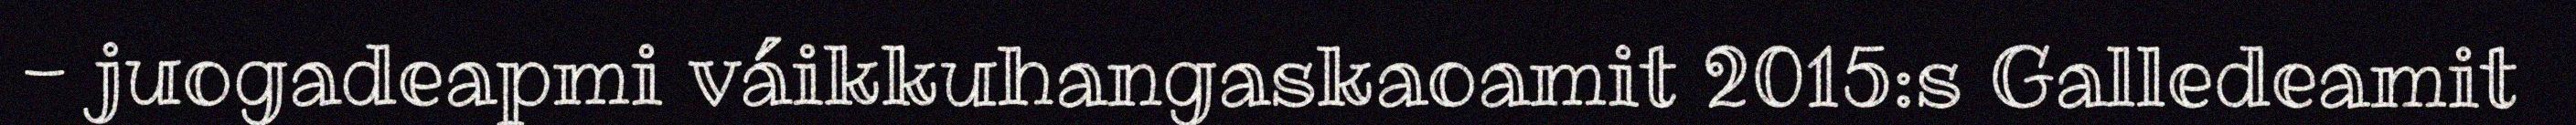
- juogadeapmi váikkuhangaskaoamit 2015:s Galledeamit